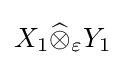
X_{1}{\widehat {\otimes }}_{\varepsilon }Y_{1}